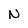
Character: N